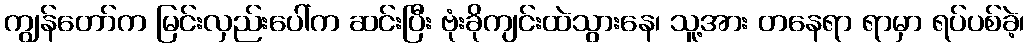
ကျွန်တော်က မြင်းလှည်းပေါ်က ဆင်းပြီး ဗုံးခိုကျင်းထဲသွားနေ၊ သူ့အား တနေရာ ရာမှာ ရပ်ပစ်ခဲ့၊